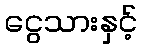
ငွေသားနှင့်